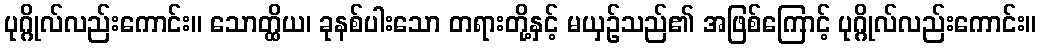
ပုဂ္ဂိုလ်လည်းကောင်း။ သောတ္ထိယ၊ ခုနစ်ပါးသော တရားတို့နှင့် မယှဉ်သည်၏ အဖြစ်ကြောင့် ပုဂ္ဂိုလ်လည်းကောင်း။